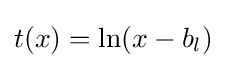
t(x)=\ln(x-b_{l})